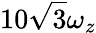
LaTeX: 10\sqrt{3}\omega_{z}